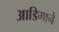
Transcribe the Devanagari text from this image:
आडिगाने